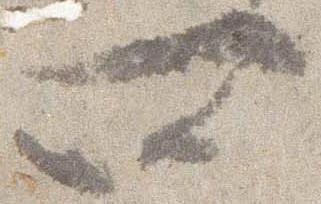
四